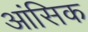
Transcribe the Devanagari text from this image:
आंसिक